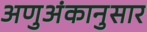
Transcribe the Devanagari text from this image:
अणुअंकानुसार